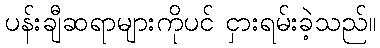
ပန်းချီဆရာများကိုပင် ငှားရမ်းခဲ့သည်။